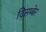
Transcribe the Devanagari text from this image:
दिसम्बेर